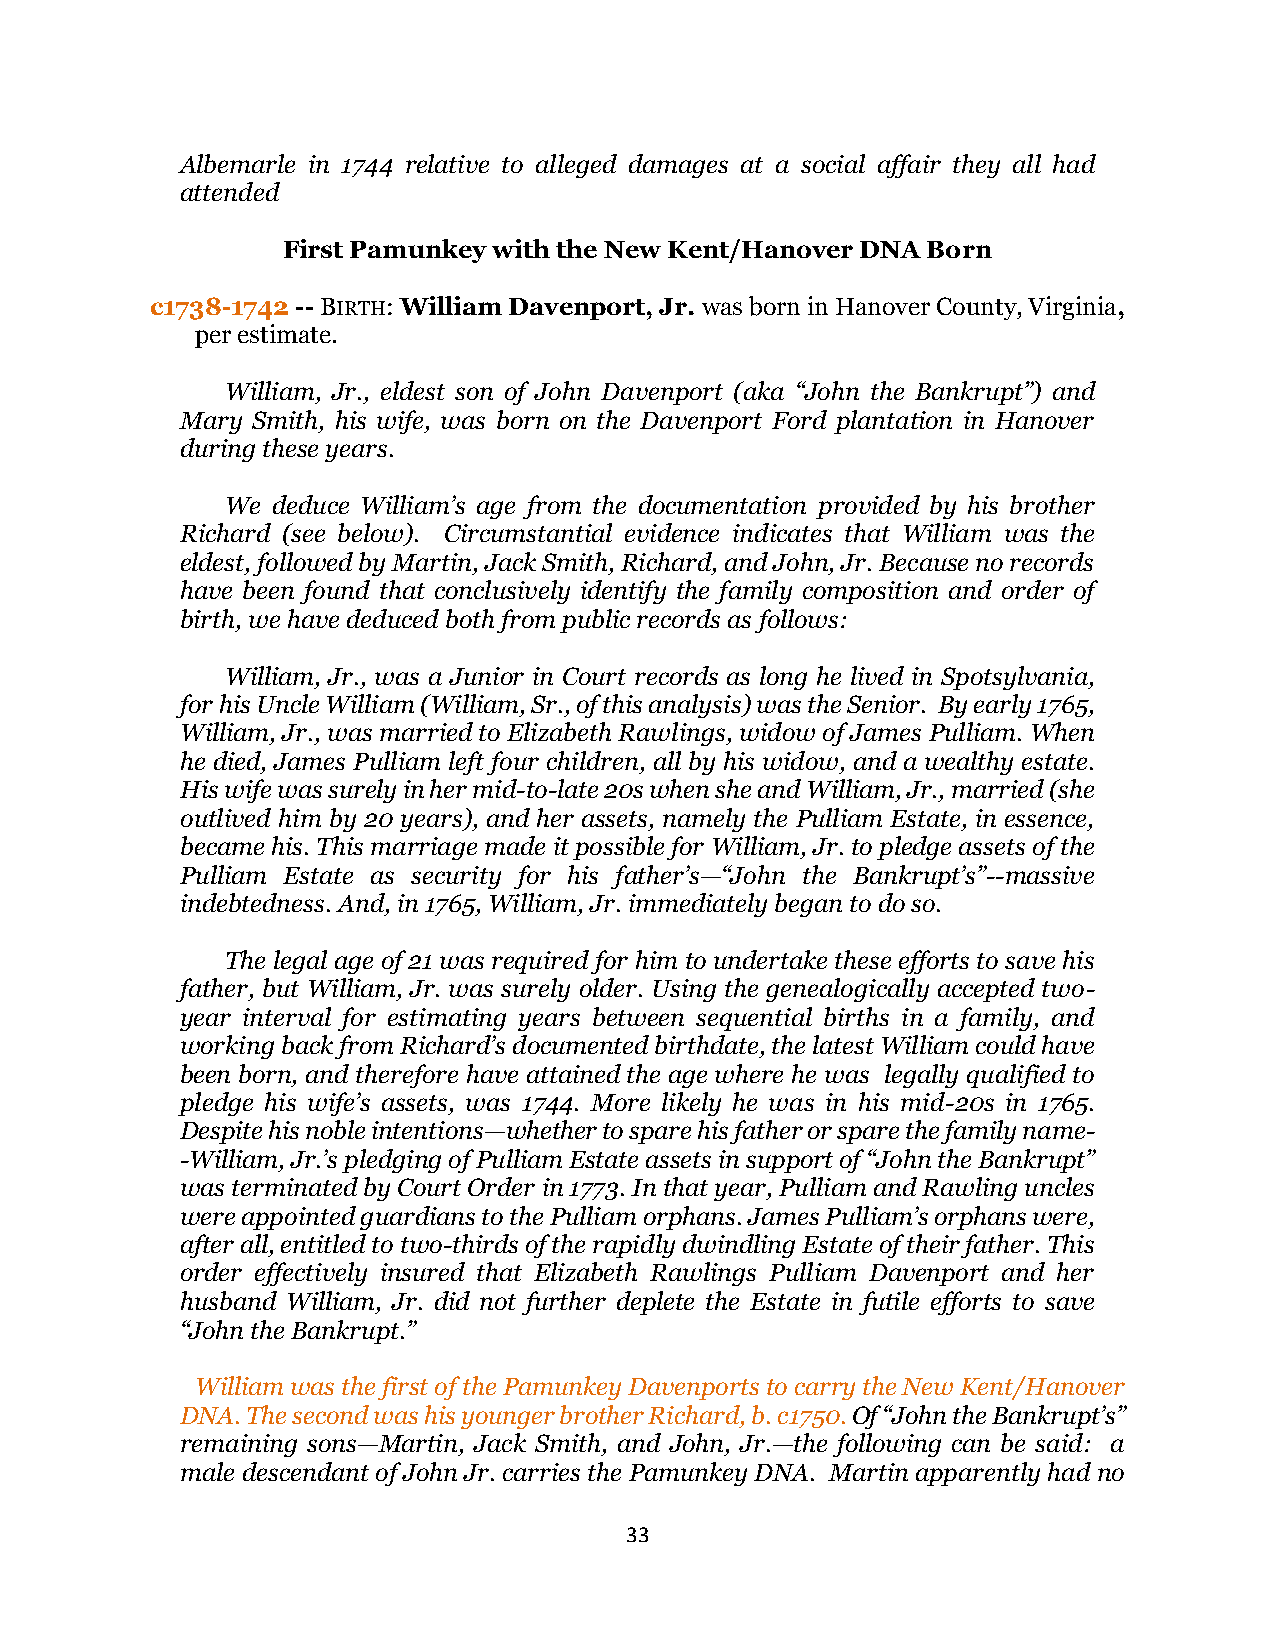
Albemarle in 1744 relative to alleged damages at a social affair they all had
 attended
 First Pamunkey with the New Kent/Hanover DNA Born
 c1738-1742 -- BIRTH: William Davenport, Jr. was born in Hanover County, Virginia,
 per estimate.
 William, Jr., eldest son of John Davenport (aka “John the Bankrupt”) and
 Mary Smith, his wife, was born on the Davenport Ford plantation in Hanover
 during these years.
 We deduce William’s age from the documentation provided by his brother
 Richard (see below). Circumstantial evidence indicates that William was the
 eldest, followed by Martin, Jack Smith, Richard, and John, Jr. Because no records
 have been found that conclusively identify the family composition and order of
 birth, we have deduced both from public records as follows:
 William, Jr., was a Junior in Court records as long he lived in Spotsylvania,
 for his Uncle William (William, Sr., of this analysis) was the Senior. By early 1765,
 William, Jr., was married to Elizabeth Rawlings, widow of James Pulliam. When
 he died, James Pulliam left four children, all by his widow, and a wealthy estate.
 His wife was surely in her mid-to-late 20s when she and William, Jr., married (she
 outlived him by 20 years), and her assets, namely the Pulliam Estate, in essence,
 became his. This marriage made it possible for William, Jr. to pledge assets of the
 Pulliam Estate as security for his father’s—“John the Bankrupt’s”--massive
 indebtedness. And, in 1765, William, Jr. immediately began to do so.
 The legal age of 21 was required for him to undertake these efforts to save his
 father, but William, Jr. was surely older. Using the genealogically accepted two-
 year interval for estimating years between sequential births in a family, and
 working back from Richard’s documented birthdate, the latest William could have
 been born, and therefore have attained the age where he was legally qualified to
 pledge his wife’s assets, was 1744. More likely he was in his mid-20s in 1765.
 Despite his noble intentions—whether to spare his father or spare the family name-
 -William, Jr.’s pledging of Pulliam Estate assets in support of “John the Bankrupt”
 was terminated by Court Order in 1773. In that year, Pulliam and Rawling uncles
 were appointed guardians to the Pulliam orphans. James Pulliam’s orphans were,
 after all, entitled to two-thirds of the rapidly dwindling Estate of their father. This
 order effectively insured that Elizabeth Rawlings Pulliam Davenport and her
 husband William, Jr. did not further deplete the Estate in futile efforts to save
 “John the Bankrupt.”
 William was the first of the Pamunkey Davenports to carry the New Kent/Hanover
 DNA. The second was his younger brother Richard, b. c1750. Of “John the Bankrupt’s”
 remaining sons—Martin, Jack Smith, and John, Jr.—the following can be said: a
 male descendant of John Jr. carries the Pamunkey DNA. Martin apparently had no
 33